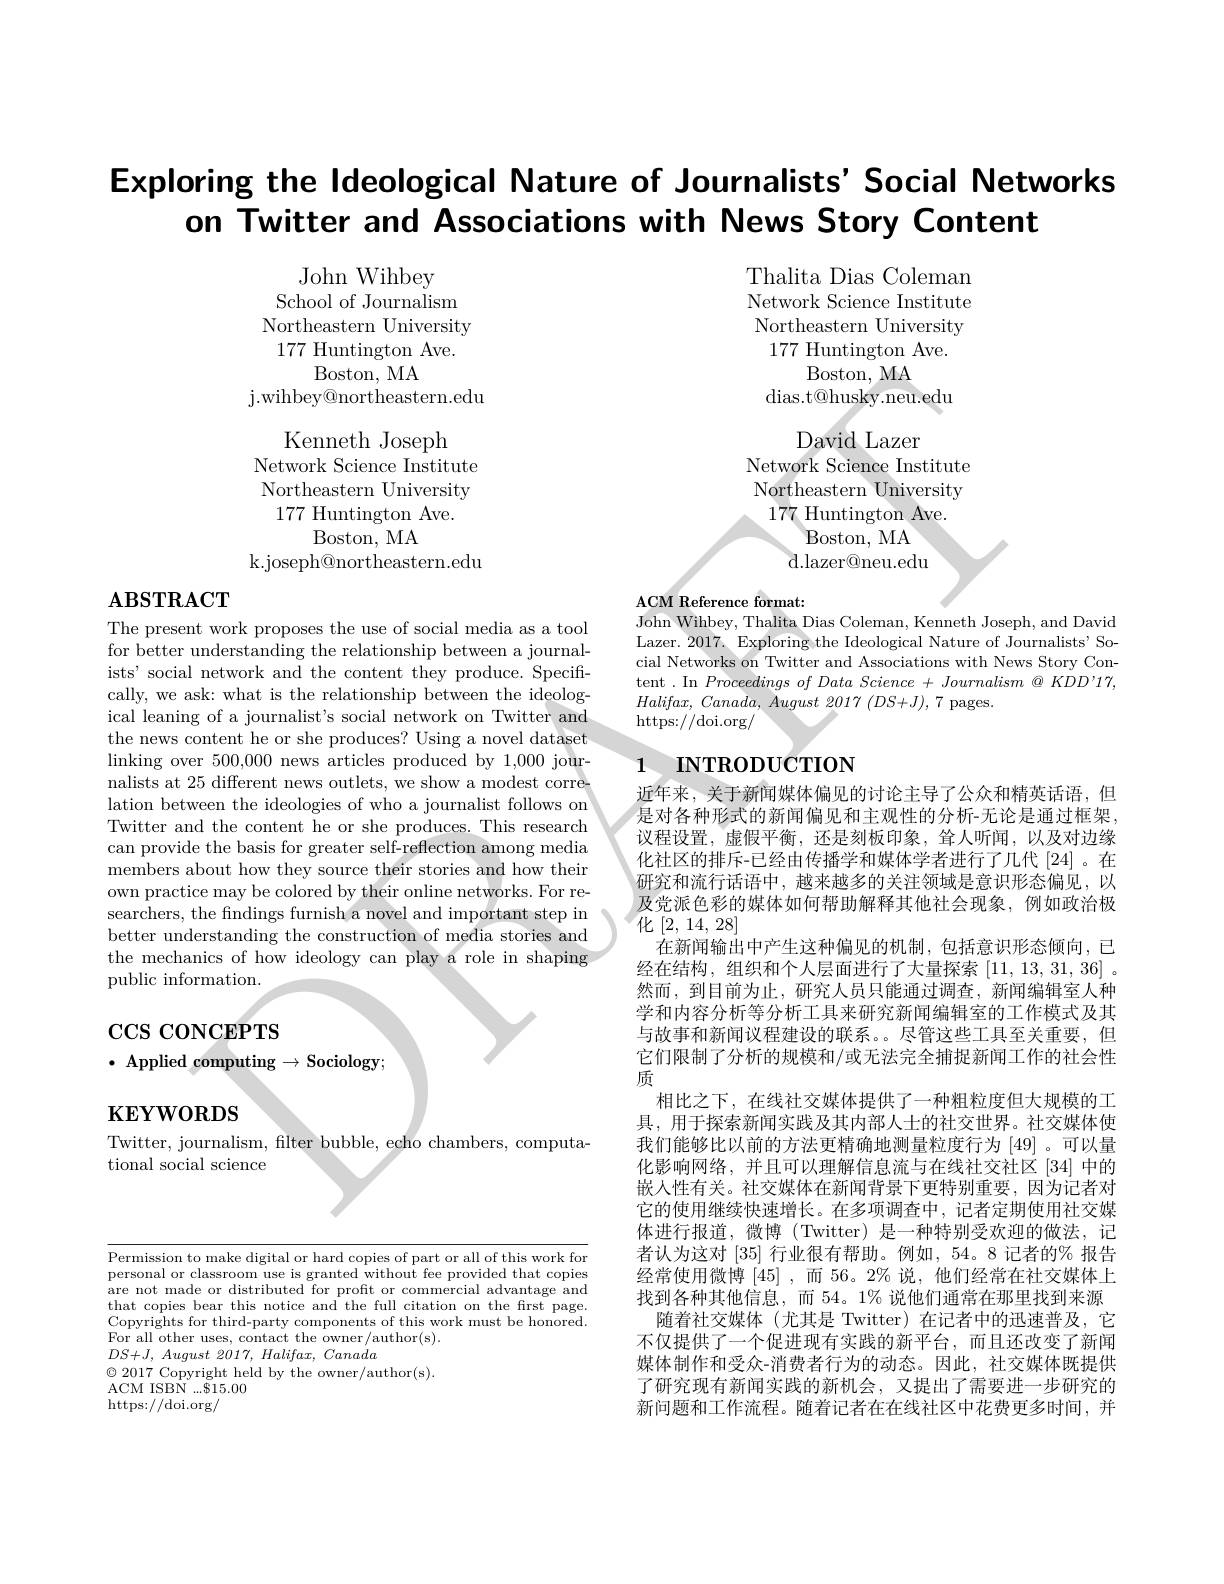
Exploring the Ideological Nature of Journalists' Social Networks
on Twitter and Associations with News Story Content

Thalita Dias Coleman Network Science Institute Northeastern University 177 Huntington Ave.
Boston, MA
dias.t@husky.neu.edu
David Lazer
Network Science Institute Northeastern University 177 Huntington Ave.
Boston, MA d.lazer@neu.edu

John Wihbey
School of Journalism Northeastern University 177 Huntington Ave.
Boston, MA
j. wihbey@ northeastern. edu
Kenneth Joseph
Network Science Institute Northeastern University 177 Huntington Ave.
Boston, MA
k.joseph@northeastern.edu

# $\mathbf{ABSTRACT}$

ACM Reference format:
John Wihbey, Thalita Dias Coleman, Kenneth Joseph, and David

Lazer. 2017. Exploring the Ideological Nature of Journalists' Social Networks on Twitter and Associations with News Story Content . In Proceedings of Data Science + Journalism @ KDD'17, $Halifax, \textit{ Canada, August 2017 }( DS+ J) , 7$ pages.
https: / / doi. org/

# 1 INTRODUCTION

The present work proposes the use of social media as a tool for better understanding the relationship between a journalists' social network and the content they produce. Specifically, we ask: what is the relationship between the ideological leaning of a journalist's social network on Twitter and the news content he or she produces? Using a novel dataset linking over 500,000 news articles produced by 1,000 journalists at 25 different news outlets, we show a modest correlation between the ideologies of who a journalist follows on Twitter and the content he or she produces. This research can provide the basis for greater self-reflection among media members about how they source their stories and how their own practice may be colored by their online networks. For researchers, the findings furnish a novel and important step in better understanding the construction of media stories and the mechanics of how ideology can play a role in shaping public information.

# $\cos\cos\cos$CEPTS $\cdot$ Applied computing$\to$Sociology;

近年来，关于新闻媒体偏见的讨论主导了公众和精英话语，但是对各种形式的新闻偏见和主观性的分析-无论是通过框架， 议程设置，虚假平衡，还是刻板印象，耸人听闻，以及对边缘化社区的排斥-已经由传播学和媒体学者进行了几代[24]。在研究和流行话语中，越来越多的关注领域是意识形态偏见，以及党派色彩的媒体如何帮助解释其他社会现象，例如政治极化[2,14,28]
在新闻输出中产生这种偏见的机制，包括意识形态倾向，已经在结构，组织和个人层面进行了大量探索[11,13,31,36] 。然而，到目前为止，研究人员只能通过调查，新闻编辑室人种学和内容分析等分析工具来研究新闻编辑室的工作模式及其与故事和新闻议程建设的联系。。尽管这些工具至关重要，但它们限制了分析的规模和/或无法完全捕捉新闻工作的社会性质
相比之下，在线社交媒体提供了一种粗粒度但大规模的工具，用于探索新闻实践及其内部人士的社交世界。社交媒体使我们能够比以前的方法更精确地测量粒度行为[49]。可以量化影响网络，并且可以理解信息流与在线社交社区[34]中的嵌人性有关。社交媒体在新闻背景下更特别重要，因为记者对它的使用继续快速增长。在多项调查中，记者定期使用社交媒体进行报道，微博(Twitter)是一种特别受欢迎的做法，记者认为这对[35]行业很有帮助。例如，54。8 记者的% 报告经常使用微博[45],而 56。2% 说，他们经常在社交媒体上找到各种其他信息，而 54。1% 说他们通常在那里找到来源随着社交媒体(尤其是 Twitter)在记者中的迅速普及，它不仅提供了一个促进现有实践的新平台，而且还改变了新闻媒体制作和受众-消费者行为的动态。因此，社交媒体既提供了研究现有新闻实践的新机会，又提出了需要进一步研究的新问题和工作流程。随着记者在在线社区中花费更多时间，并

$\mathbf{KEYWORDS}$

Twitter, journalism, filter bubble, echo chambers, computa-
tional social science

Permission to make digital or hard copies of part or all of this work for personal or classroom use is granted without fee provided that copies are not made or distributed for profit or commercial advantage and that copies bear this notice and the full citation on the first page. $\hat{\text{Copyrights for third-party components of this work must be honored.}}$ $\hat{\text{Copyrights for third-party components of this work must be honored.}}$ $\hat{\text{Copyrights for thrd-party components of this work must be honored.}}$ $\hat{\text{Copyrights for third-party }}$ For all other uses, contact the owner/author(s).
$DS+ J$, August 2017, $Halifax$, Canada
$\textcircled{2}017$ Copyright held by the owner/author(s).
ACM ISBN $...\$15.00$
https: / / doi. org/